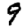
Digit: 9